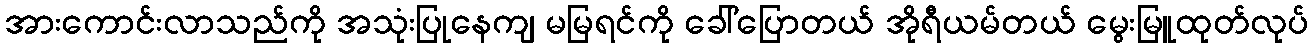
အားကောင်းလာသည်ကို အသုံးပြုနေကျ မမြရင်ကို ခေါ်ပြောတယ် အိုရီယမ်တယ် မွေးမြူထုတ်လုပ်